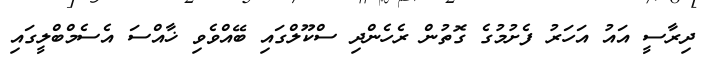
ދިރާސީ އައު އަހަރު ފެށުމުގެ ގޮތުން ރެހެންދި ސްކޫލްގައި ބޭއްވެވި ޚާއްސަ އެސެމްބްލީގައި